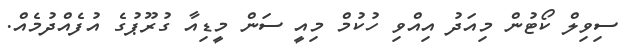
ސިވިލް ކޯޓުން މިއަދު އިއްވި ހުކުމް މިއީ ސަން މީޑިއާ ގުރޫޕުގެ އުފެއްދުމެއް.